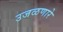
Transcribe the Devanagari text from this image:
उजळणारे